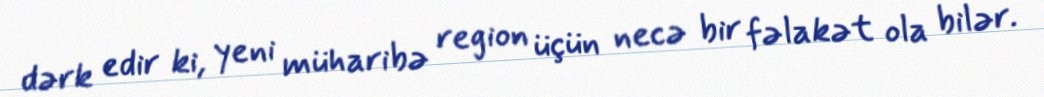
dərk edir ki, yeni müharibə region üçün necə bir fəlakət ola bilər.